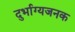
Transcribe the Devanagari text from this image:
दुर्भाग्यजनक